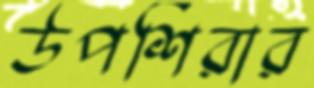
উপশিরার